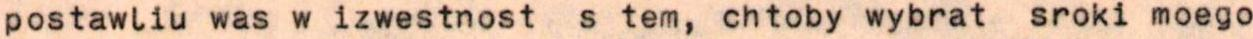
postawliu was w izwestnost  s tem, chtoby wybrat sroki moego